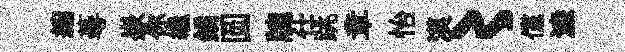
縮蕚嶔你繼鐍圆牕仕跳章怡漠〻儻濓